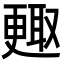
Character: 𣍇